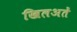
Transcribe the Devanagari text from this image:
खिलअतें